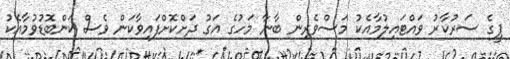
ޕީގެ ސަރުކާރު ވައްޓައިލުމާއެކު މަސްވެރިން ބާނާ މަހުގެ އަގު ދަށްކޮށްފައިވާކަން ވެސް ކަންބޮޑުވުމާއެކު